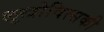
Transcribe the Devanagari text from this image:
लुखोवित्सकी